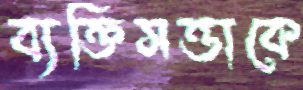
ব্যক্তিসত্তাকে